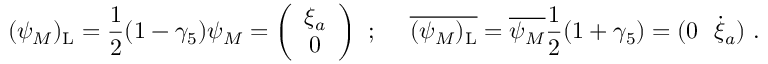
( \psi _ { M } ) _ { \mathrm { L } } = \frac { 1 } { 2 } ( 1 - \gamma _ { 5 } ) \psi _ { M } = \left( \begin{array} { c } { { \xi _ { a } } } \\ { { 0 } } \end{array} \right) ~ ; ~ ~ ~ ~ { \overline { { { ( \psi _ { M } ) _ { \mathrm { L } } } } } } = \overline { { { \psi _ { M } } } } \frac { 1 } { 2 } ( 1 + \gamma _ { 5 } ) = ( 0 ~ ~ \dot { \xi } _ { a } ) ~ .